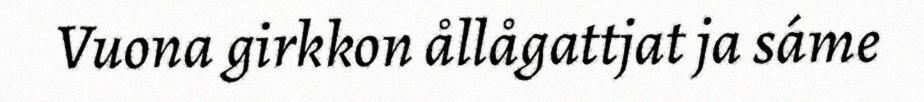
Vuona girkkon ållågattjat ja sáme